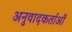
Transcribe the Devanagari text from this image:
अनुवादकर्ताओं